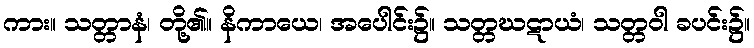
ကား။ သတ္တာနံ၊ တို့၏။ နိကာယေ၊ အပေါင်း၌။ သတ္တဃဋာယံ၊ သတ္တဝါ ခပင်း၌။